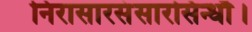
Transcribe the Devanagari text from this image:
निरासारसंसारसिन्धौ।